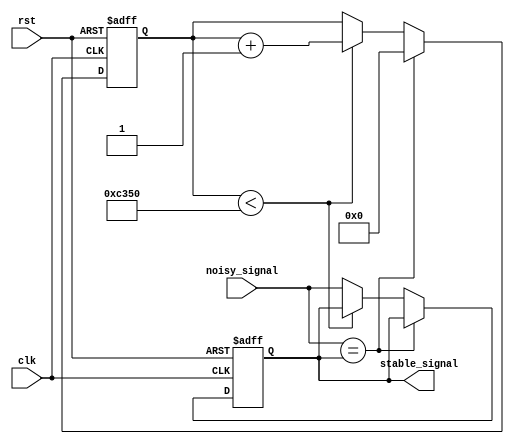
module input_debouncer(
    input clk,         // System clock
    input rst,       // Active low reset
    input noisy_signal, // The noisy input signal
    output reg stable_signal // The debounced output signal
);

parameter DEBOUNCE_TIME = 50000;

reg [19:0] counter; // Counter to measure the debounce time

// Debouncing logic
always @(posedge clk or negedge rst) begin
    if (!rst) begin
        // Resetting the counter and output when reset is active
        counter <= 0;
        stable_signal <= 0;
    end 
    else begin
        if (noisy_signal == stable_signal) begin
            // Reset the counter if input matches the current stable output
            counter <= 0;
        end else begin
            // Increment the counter when the input does not match the stable output
            if (counter < DEBOUNCE_TIME) begin
                counter <= counter + 1;
            end else begin
                // Update the stable signal once the debounce time has passed
                stable_signal <= noisy_signal;
            end
        end
    end
end

endmodule